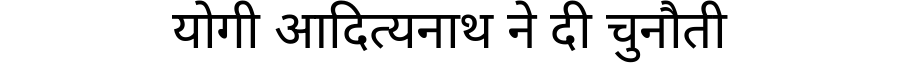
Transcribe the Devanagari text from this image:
योगी आदित्यनाथ ने दी चुनौती